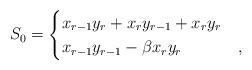
LaTeX: \begin{align*}S_0=\begin{cases}x_{r-1}y_r+x_ry_{r-1}+x_ry_r & \\x_{r-1}y_{r-1}-\beta x_ry_r & ,\end{cases}\end{align*}